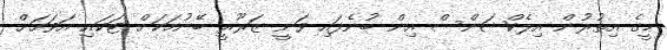
މީގެ އިތުރުން އިލެކްޝަންސް އިން ބުނެފައި ވަނީ ޒަރޫރީ ބޭނުމަކަށް ޓަކައި އަވަހަށް